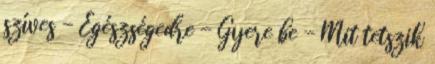
szíves - Egészségedre - Gyere be - Mit tetszik